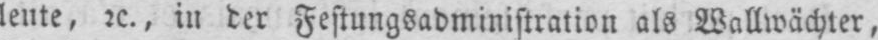
leute, etc., in der Festungsadministration als Wallwächler,